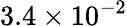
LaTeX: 3.4\times 10^{-2}